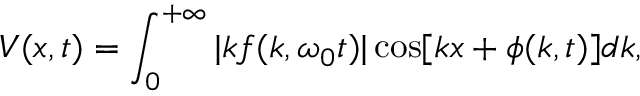
V ( x , t ) = \int _ { 0 } ^ { + \infty } | k f ( k , \omega _ { 0 } t ) | \cos [ k x + \phi ( k , t ) ] d k ,